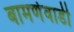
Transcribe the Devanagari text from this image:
बामणेवाडी